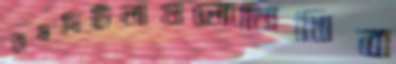
রামদিটিলাগুলোলিখিব